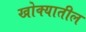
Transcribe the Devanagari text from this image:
खोक्यातील